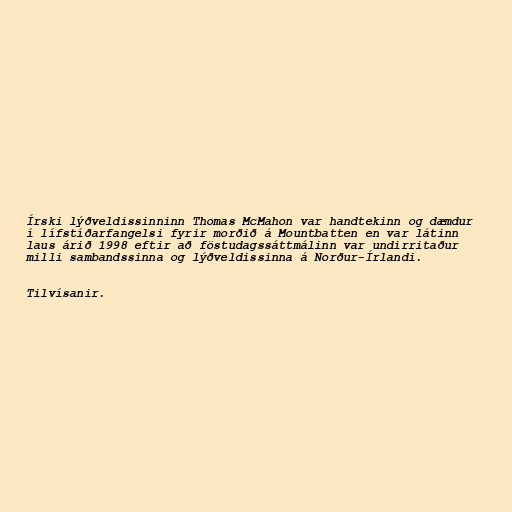
Írski lýðveldissinninn Thomas McMahon var handtekinn og dæmdur
í lífstíðarfangelsi fyrir morðið á Mountbatten en var látinn
laus árið 1998 eftir að föstudagssáttmálinn var undirritaður
milli sambandssinna og lýðveldissinna á Norður-Írlandi.

Tilvísanir.